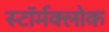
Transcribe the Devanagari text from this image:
स्टॉर्मक्लोक